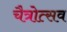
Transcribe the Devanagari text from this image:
चैत्रोत्सव